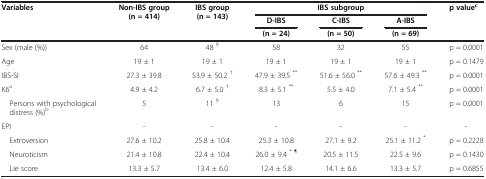
<table><thead><tr><td><b>Variables</b></td><td><b>Non-IBS group (n = 414)</b></td><td><b>IBS group (n = 143)</b></td><td colspan="3"><b>IBS subgroup</b></td><td><b>p value<sup>c</sup></b></td></tr><tr><td><b> </b></td><td><b> </b></td><td><b> </b></td><td><b>D-IBS</b></td><td><b>C-IBS</b></td><td><b>A-IBS</b></td><td><b> </b></td></tr><tr><td><b> </b></td><td><b> </b></td><td><b> </b></td><td><b>(n = 24)</b></td><td><b>(n = 50)</b></td><td><b>(n = 69)</b></td><td><b> </b></td></tr></thead><tbody><tr><td>Sex (male (%))</td><td>64</td><td>48 <sup>§</sup></td><td>58</td><td>32</td><td>55</td><td>p = 0.0001</td></tr><tr><td>Age</td><td>19 ± 1</td><td>19 ± 1</td><td>19 ± 1</td><td>19 ± 1</td><td>19 ± 1</td><td>p = 0.1479</td></tr><tr><td>IBS-SI</td><td>27.3 ± 39.8</td><td>53.9 ± 50.2 <sup>†</sup></td><td>47.9 ± 39.5 <sup>**</sup></td><td>51.6 ± 56.0 <sup>**</sup></td><td>57.6 ± 49.3 <sup>**</sup></td><td>p = 0.0001</td></tr><tr><td>K6<sup>a</sup></td><td>4.9 ± 4.2</td><td>6.7 ± 5.0 <sup>†</sup></td><td>8.3 ± 5.1 <sup>**</sup></td><td>5.5 ± 4.0</td><td>7.1 ± 5.4 <sup>**</sup></td><td>p = 0.0001</td></tr><tr><td> Persons with psychological distress (%)<sup>b</sup></td><td>5</td><td>11 <sup>§</sup></td><td>13</td><td>6</td><td>15</td><td>p = 0.0001</td></tr><tr><td>EPI</td><td>-</td><td>-</td><td>-</td><td>-</td><td>-</td><td>-</td></tr><tr><td> Extroversion</td><td>27.6 ± 10.2</td><td>25.8 ± 10.4</td><td>25.3 ± 10.8</td><td>27.1 ± 9.2</td><td>25.1 ± 11.2 <sup>*</sup></td><td>p = 0.2228</td></tr><tr><td> Neuroticism</td><td>21.4 ± 10.8</td><td>22.4 ± 10.4</td><td>26.0 ± 9.4 <sup>* ¶</sup></td><td>20.5 ± 11.5</td><td>22.5 ± 9.6</td><td>p = 0.1430</td></tr><tr><td> Lie score</td><td>13.3 ± 5.7</td><td>13.4 ± 6.0</td><td>12.4 ± 5.8</td><td>14.1 ± 6.6</td><td>13.3 ± 5.7</td><td>p = 0.6855</td></tr></tbody></table>